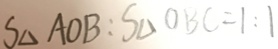
S _ { \Delta } A O B : S _ { \Delta } O B C = 1 : 1